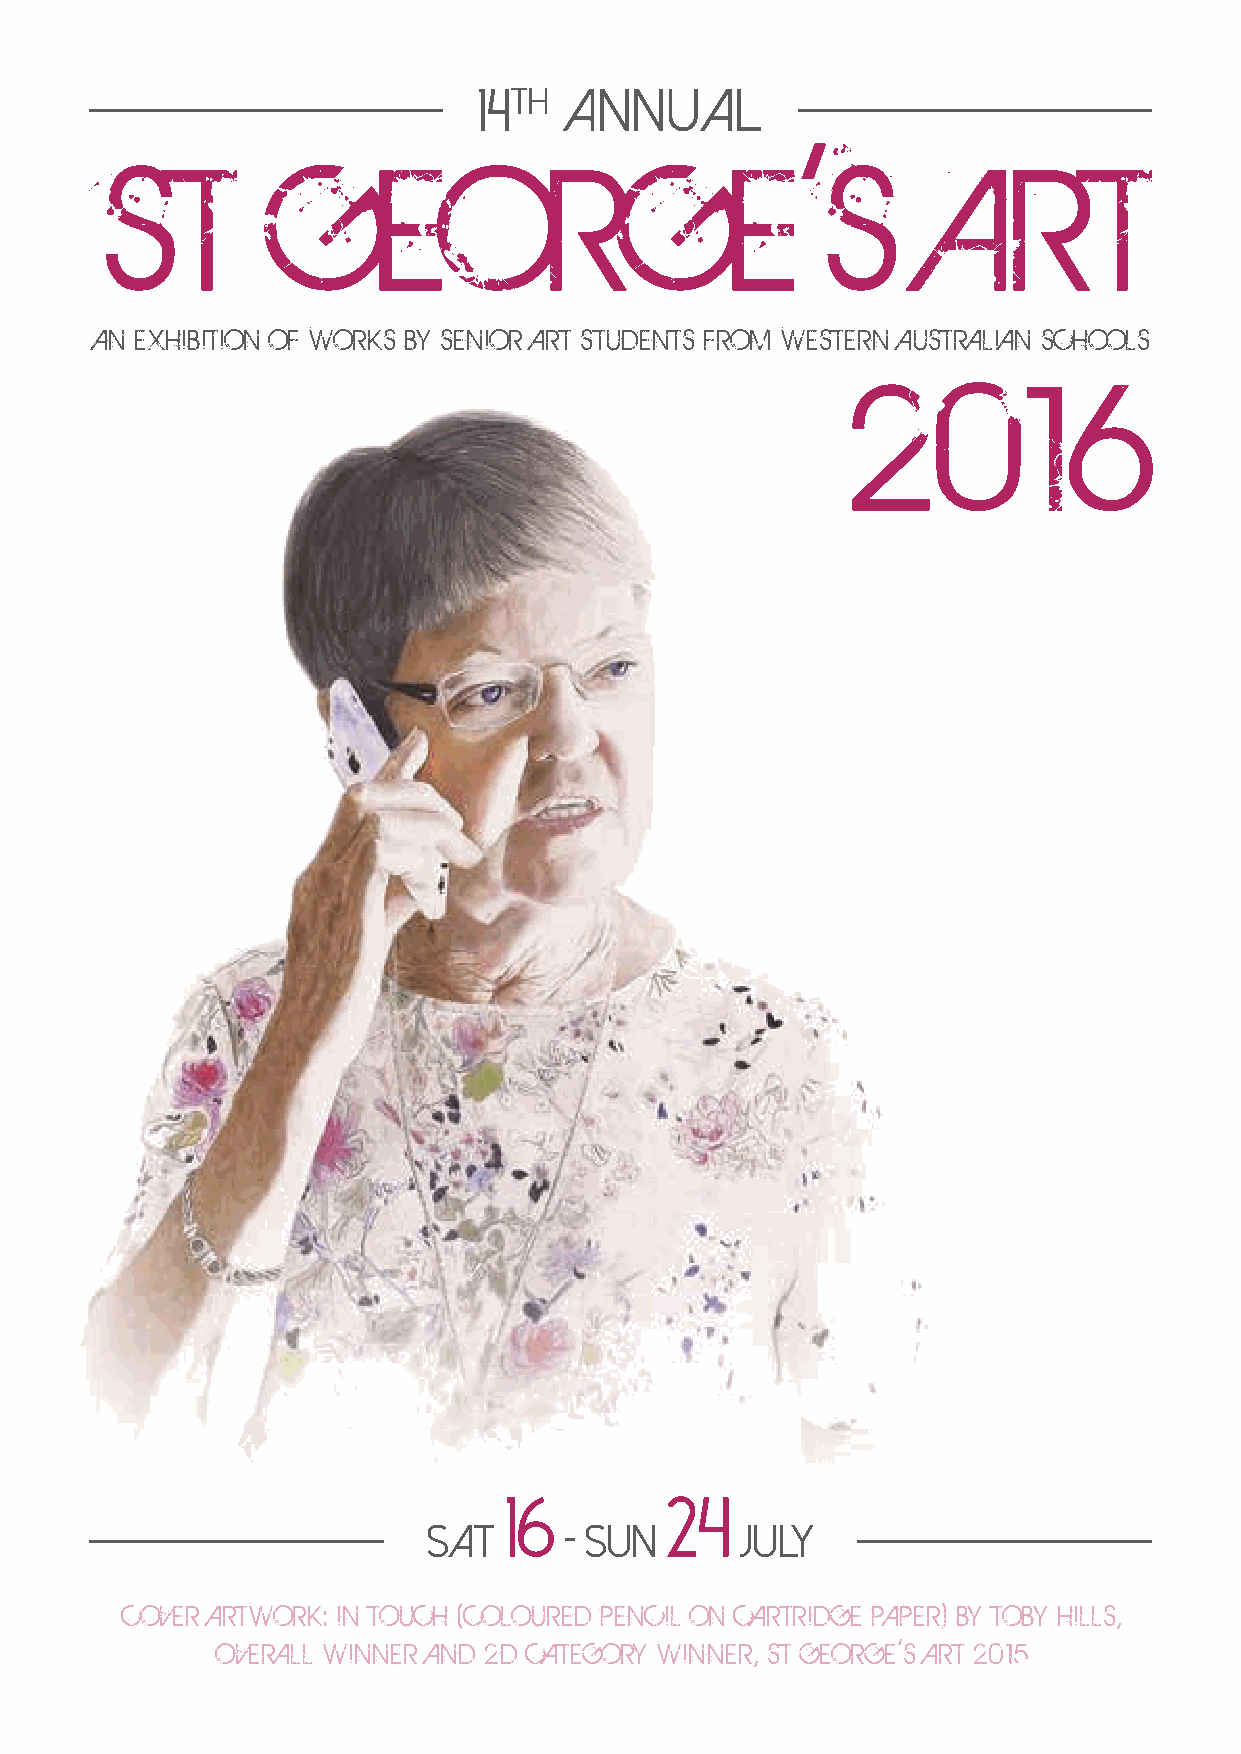
14th Annual
 AN EXHIBITION OF WORKS BY SENIOR ART STUDENTS FROM WESTERN AUSTRALIAN SCHOOLS
 2016
 16         24
 SAT      - Sun       JULY
 COVER ARTWORK: IN TOUCH (COLOURED PENCIL ON CARTRIDGE PAPER) BY TOBY HILLS,
 OVERALL WINNER AND 2D CATEGORY WINNER, ST GEORGE’S ART 2015